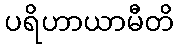
ပရိဟာယာမီတိ